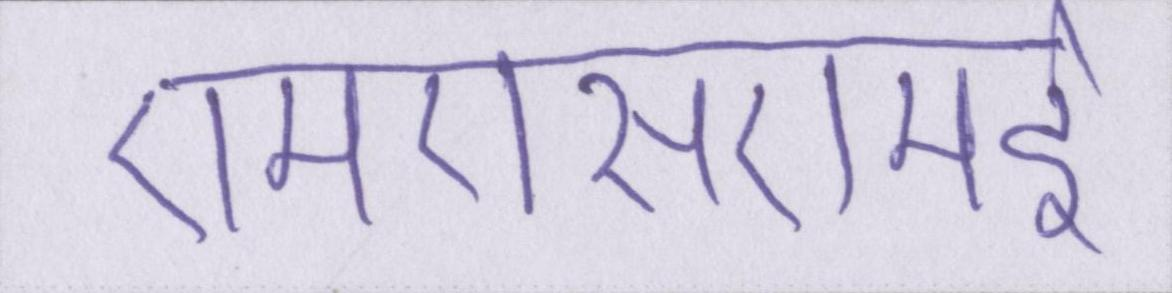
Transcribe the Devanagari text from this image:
एमएसएमई